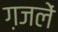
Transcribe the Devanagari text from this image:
ग़जलें